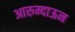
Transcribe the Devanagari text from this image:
आरुम्दाऊन